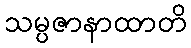
သမ္ပဇာနာထာတိ